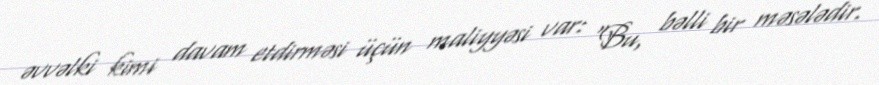
əvvəlki kimi davam etdirməsi üçün maliyyəsi var: “Bu, bəlli bir məsələdir.